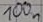
Text: 100n